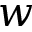
w